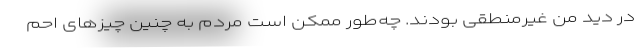
در دید من غیرمنطقی بودند. چه‌طور ممکن است مردم به چنین چیزهای احم